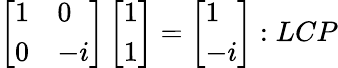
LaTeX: \left[\begin{array}{ll}{1}&{0}\\ {0}&{-i}\end{array}\right]\left[\begin{array}{l}{1}\\ {1}\end{array}\right]=\left[\begin{array}{l}{1}\\ {-i}\end{array}\right]:LCP